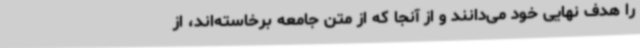
را هدف نهایی خود می‌دانند و از آنجا که از متن جامعه برخاسته‌اند، از